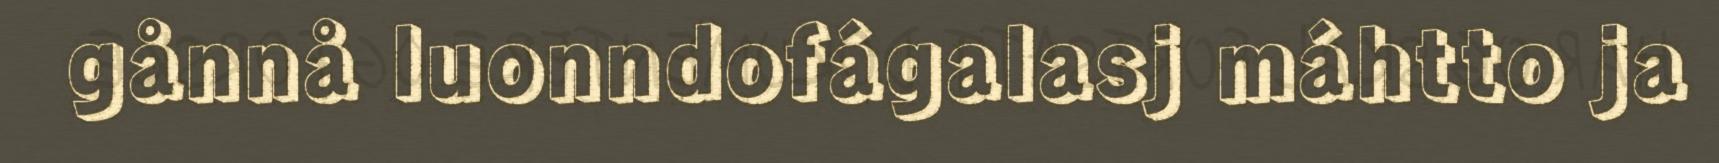
gånnå luonndofágalasj máhtto ja